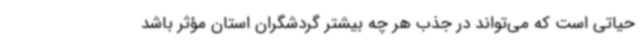
حیاتی است که می‌تواند در جذب هر چه بیشتر گردشگران استان مؤثر باشد